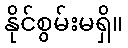
နိုင်စွမ်းမရှိ။